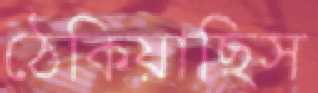
ঠেকিয়াছিস